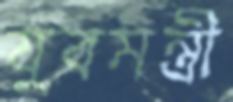
যুবমন্ত্রী